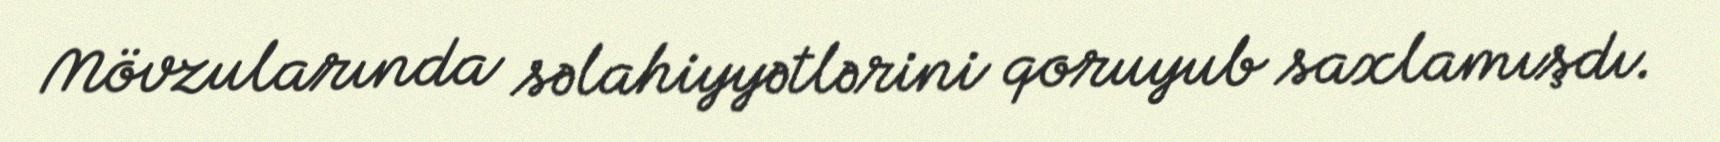
Mövzularında səlahiyyətlərini qoruyub saxlamışdı.